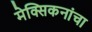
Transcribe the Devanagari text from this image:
मेक्सिकनांचा